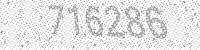
Solution: 716286